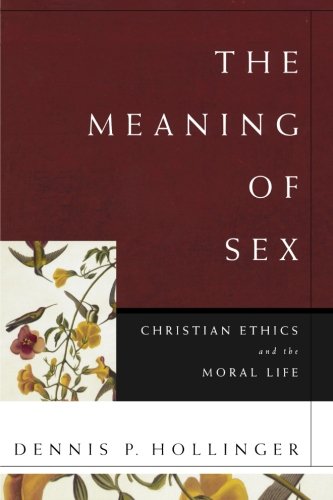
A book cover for The Meaning of Sex: Christian Ethics and the Moral Life; Dennis P. Hollinger; Religion & Spirituality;